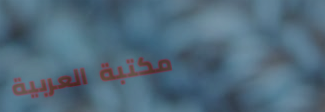
مكتبة العربية